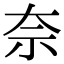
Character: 奈